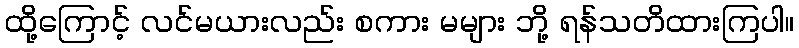
ထို့ကြောင့် လင်မယားလည်း စကား မများ ဘို့ ရန်သတိထားကြပါ။